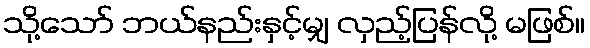
သို့သော် ဘယ်နည်းနှင့်မျှ လှည့်ပြန်လို့ မဖြစ်။